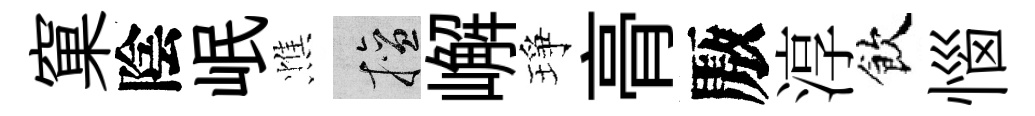
窠陰岷憔擅嶰琤𮌔厫淳飲惱